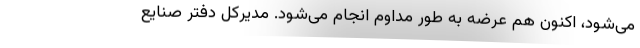
می‌شود، اکنون هم عرضه به طور مداوم انجام می‌شود. مدیرکل دفتر صنایع